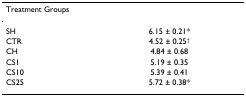
<table><thead><tr><td><b>Treatment Groups</b></td><td>[EMPTY_CELL]</td></tr></thead><tbody><tr><td>SH</td><td>6.15 ± 0.21*</td></tr><tr><td>CTR</td><td>4.52 ± 0.25<sup>†</sup></td></tr><tr><td>CH</td><td>4.84 ± 0.68</td></tr><tr><td>CS1</td><td>5.19 ± 0.35</td></tr><tr><td>CS10</td><td>5.39 ± 0.41</td></tr><tr><td>CS25</td><td>5.72 ± 0.38*</td></tr></tbody></table>